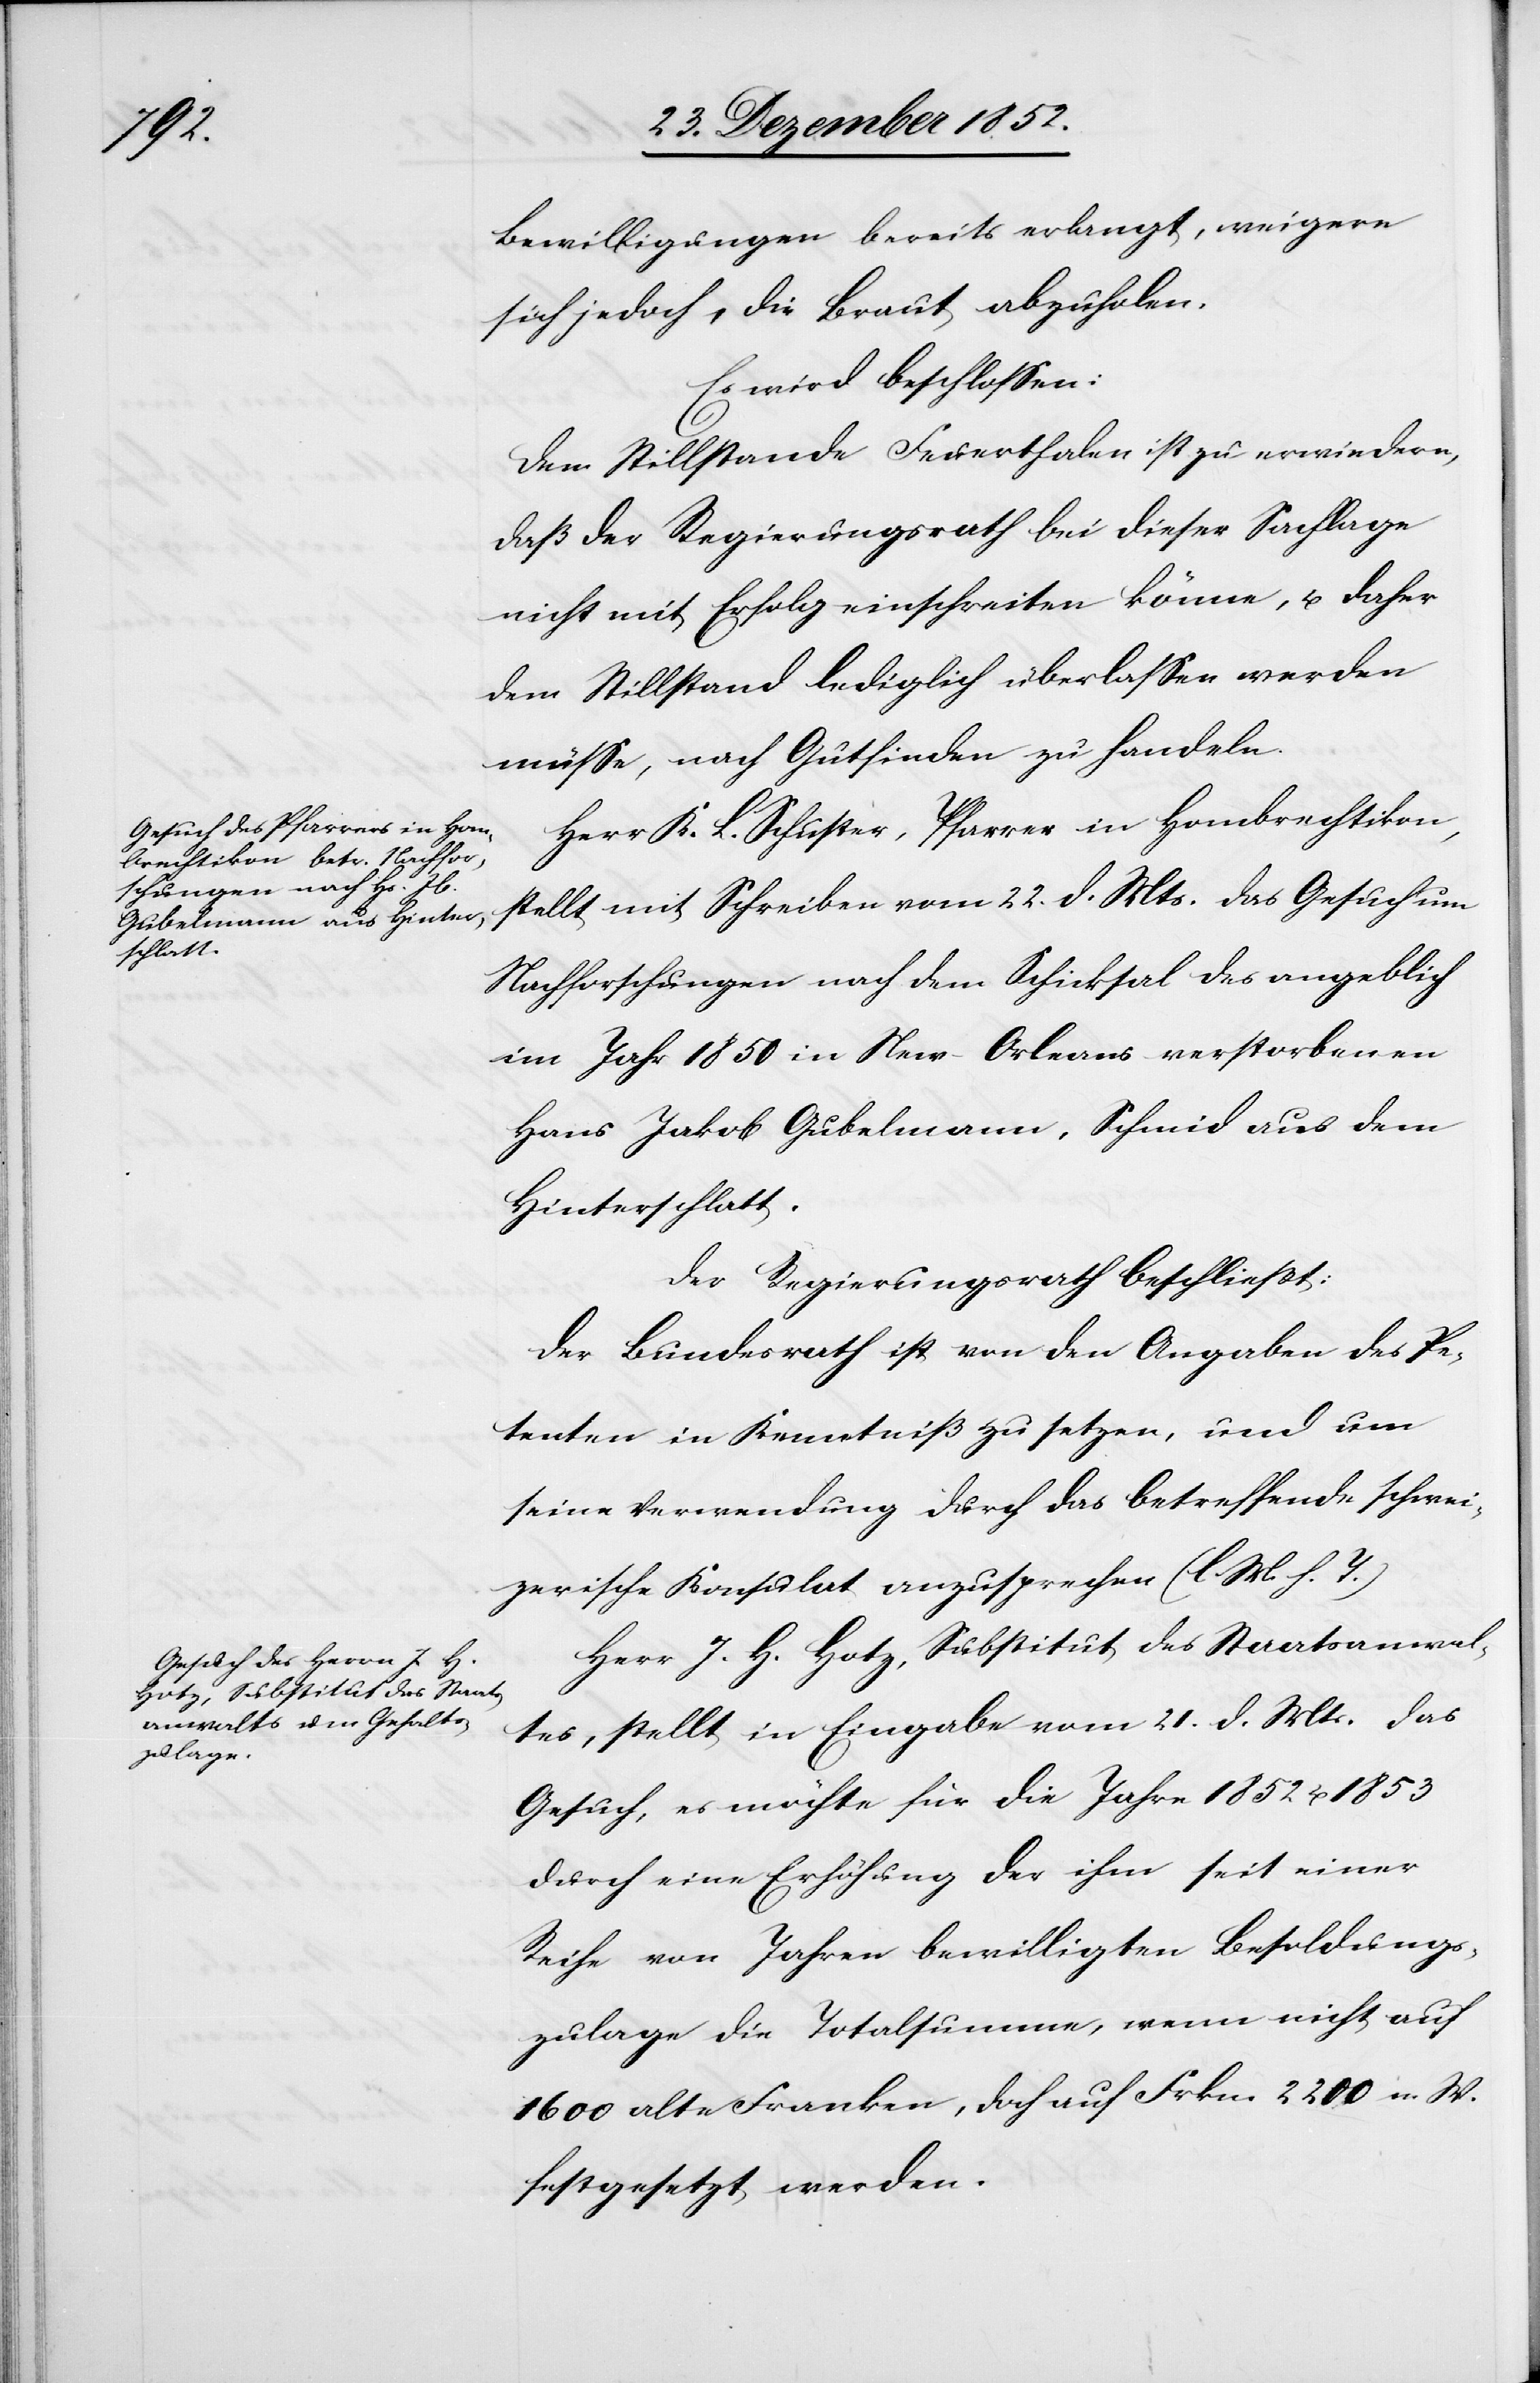
Bewilligungen bereits erlangt, weigere
sich jedoch, die Braut abzuholen.
Es wird beschlossen:
Dem Stillstande Feuerthalen ist zu erwiedern,
daß der Regierungsrath bei dieser Sachlage
nicht mit Erfolg einschreiten könne, u. daher
dem Stillstand lediglich überlassen werden
müsse, nach Gutfinden zu handeln.
Herr K. L. Schuster, Pfarrer in Hombrechtikon,
stellt mit Schreiben vom 22. d. Mts. das Gesuch um
Nachforschungen nach dem Schicksal des angeblich
im Jahr 1850 in New-Orleans verstorbenen
Hans Jakob Gubelmann, Schmid aus dem
Hinterschlatt.
Der Regierungsrath beschließt:
Der Bundesrath ist von den Angaben des Pe¬
tenten in Kenntniß zu setzen, und um
seine Verwendung durch das betreffende schwei¬
zerische Konsulat anzusprechen (l. M. h. T.)
Herr J. H. Hotz, Substitut des Staatsanwal¬
tes, stellt in Eingabe vom 21. d. Mts. das
Gesuch, es möchte für die Jahre 1852 u. 1853
durch eine Erhöhung der ihm seit einer
Reihe von Jahren bewilligten Besoldungs¬
zulage die Totalsumme, wenn nicht auf
1600 alte Franken, doch auf Frkn. 2200 n. W.
festgesetzt werden.